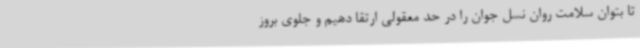
تا بتوان سلامت روان نسل جوان را در حد معقولی ارتقا دهیم و جلوی بروز